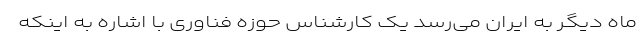
ماه دیگر به ایران می‌رسد یک کارشناس حوزه فناوری با اشاره به اینکه